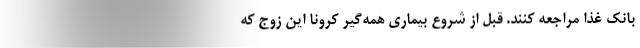
بانک غذا مراجعه کنند. قبل از شروع بیماری همه‌گیر کرونا این زوج که